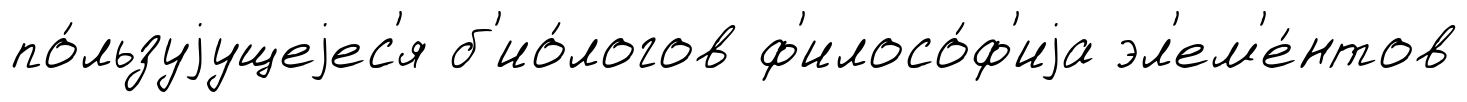
по́льзуjущеjес'я б'ио́логов ф'илосо́ф'иjа эл'ем'е́нтов